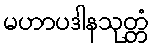
မဟာပဒါနသုတ္တံ